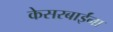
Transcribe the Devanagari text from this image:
केसरबाईंना